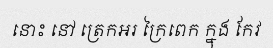
នោះ នៅ ត្រេកអរ ក្រៃពេក ក្នុង កែវ